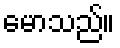
မောသည်။